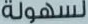
لسهولة